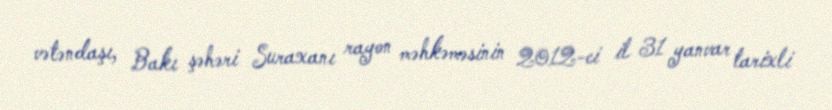
vətəndaşı, Bakı şəhəri Suraxanı rayon məhkəməsinin 2012-ci il 31 yanvar tarixli